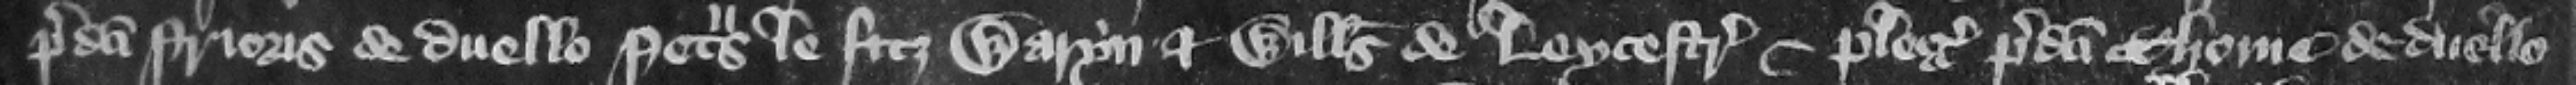
predicti prioris de duello Petrus le fitz Waryn et Willelmus de Leycestre plegii predicti Thome de duello